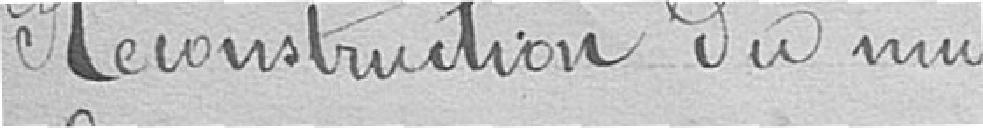
Reconstruction du mur de la propriété Martzloff longeant la rue des Barres